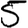
Digit: 5